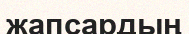
жапсардың